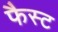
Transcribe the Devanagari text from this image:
फैस्ट